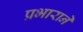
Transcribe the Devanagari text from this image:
प्रभाराने